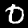
Digit: 0